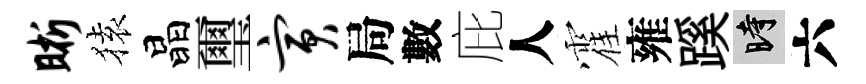
晰𫞤晶璽寅局數庇人霍雍蹊时六